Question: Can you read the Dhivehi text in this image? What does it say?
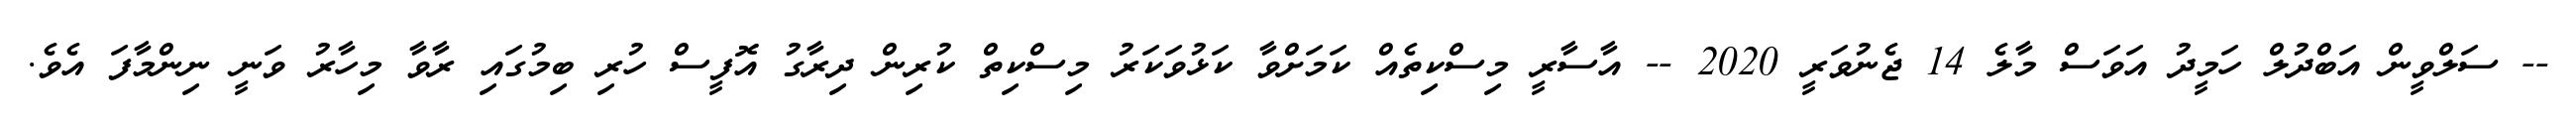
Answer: -- ސަލްވީން އަބްދުލް ހަމީދު އަވަސް މާލެ 14 ޖެނުވަރީ 2020 -- އާސާރީ މިސްކިތެއް ކަމަށްވާ ކަޅުވަކަރު މިސްކިތް ކުރިން ދިރާގު އޮފީސް ހުރި ބިމުގައި ރާވާ މިހާރު ވަނީ ނިންމާފަ އެވެ.